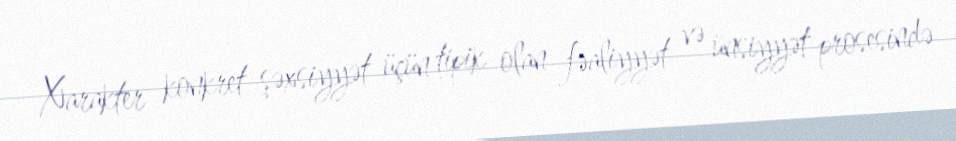
Xarakter konkret şəxsiyyət üçün tipik olan fəaliyyət və ünsiyyət prosesində